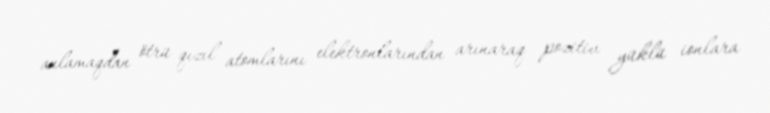
anlamaqdan ötrü qızıl atomlarını elektronlarından arınaraq pozitiv yüklü ionlara